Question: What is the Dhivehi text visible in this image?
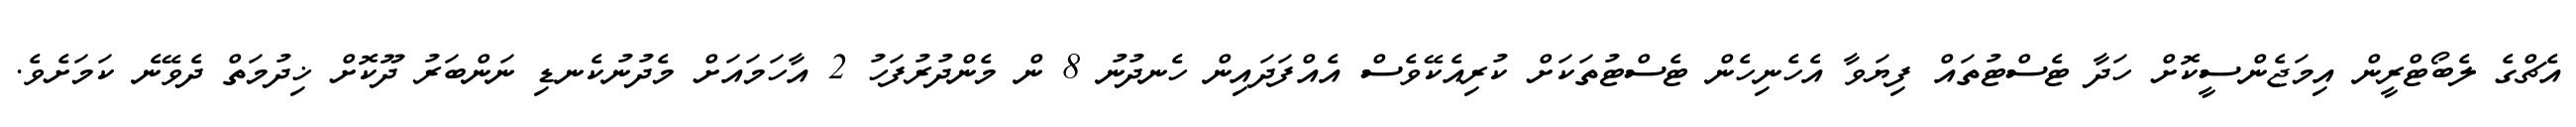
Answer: އެޗްގެ ލެބޯޓްރީން އިމަޖެންސީކޮށް ހަދާ ޓެސްޓުތައް ފިޔަވާ އެހެނިހެން ޓެސްޓުތަކަށް ކުރިއެކޭވެސް އެއްފަދައިން ހެނދުނު 8 ން މެންދުރުފަހު 2 އާހަމައަށް މެދުނުކެނޑި ނަންބަރު ދޫކޮށް ޚިދުމަތް ދެވޭނެ ކަމަށެވެ.